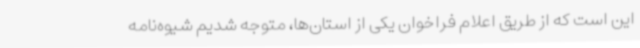
این است که از طریق اعلام فراخوان یکی از استان‌ها، متوجه شدیم شیوه‌نامه